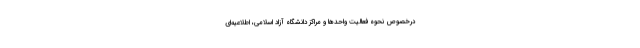
درخصوص نحوه فعالیت واحد‌ها و مراکز دانشگاه آزاد اسلامی، اطلاعیه‌ای